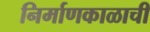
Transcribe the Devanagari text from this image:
निर्माणकाळाची